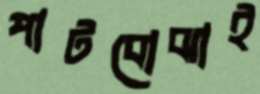
পাটবোঝাই